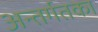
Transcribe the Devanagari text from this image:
अन्तर्गतका